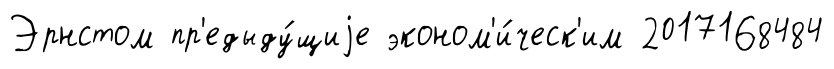
Эрнстом пр'едыду́щиjе эконом'и́ческ'им 2017168484